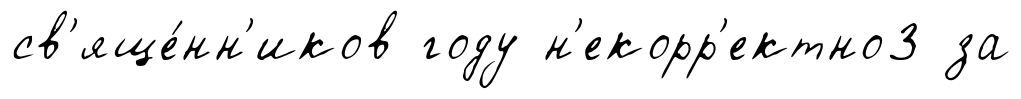
св'яще́нн'иков году н'екорр'ектно3 за